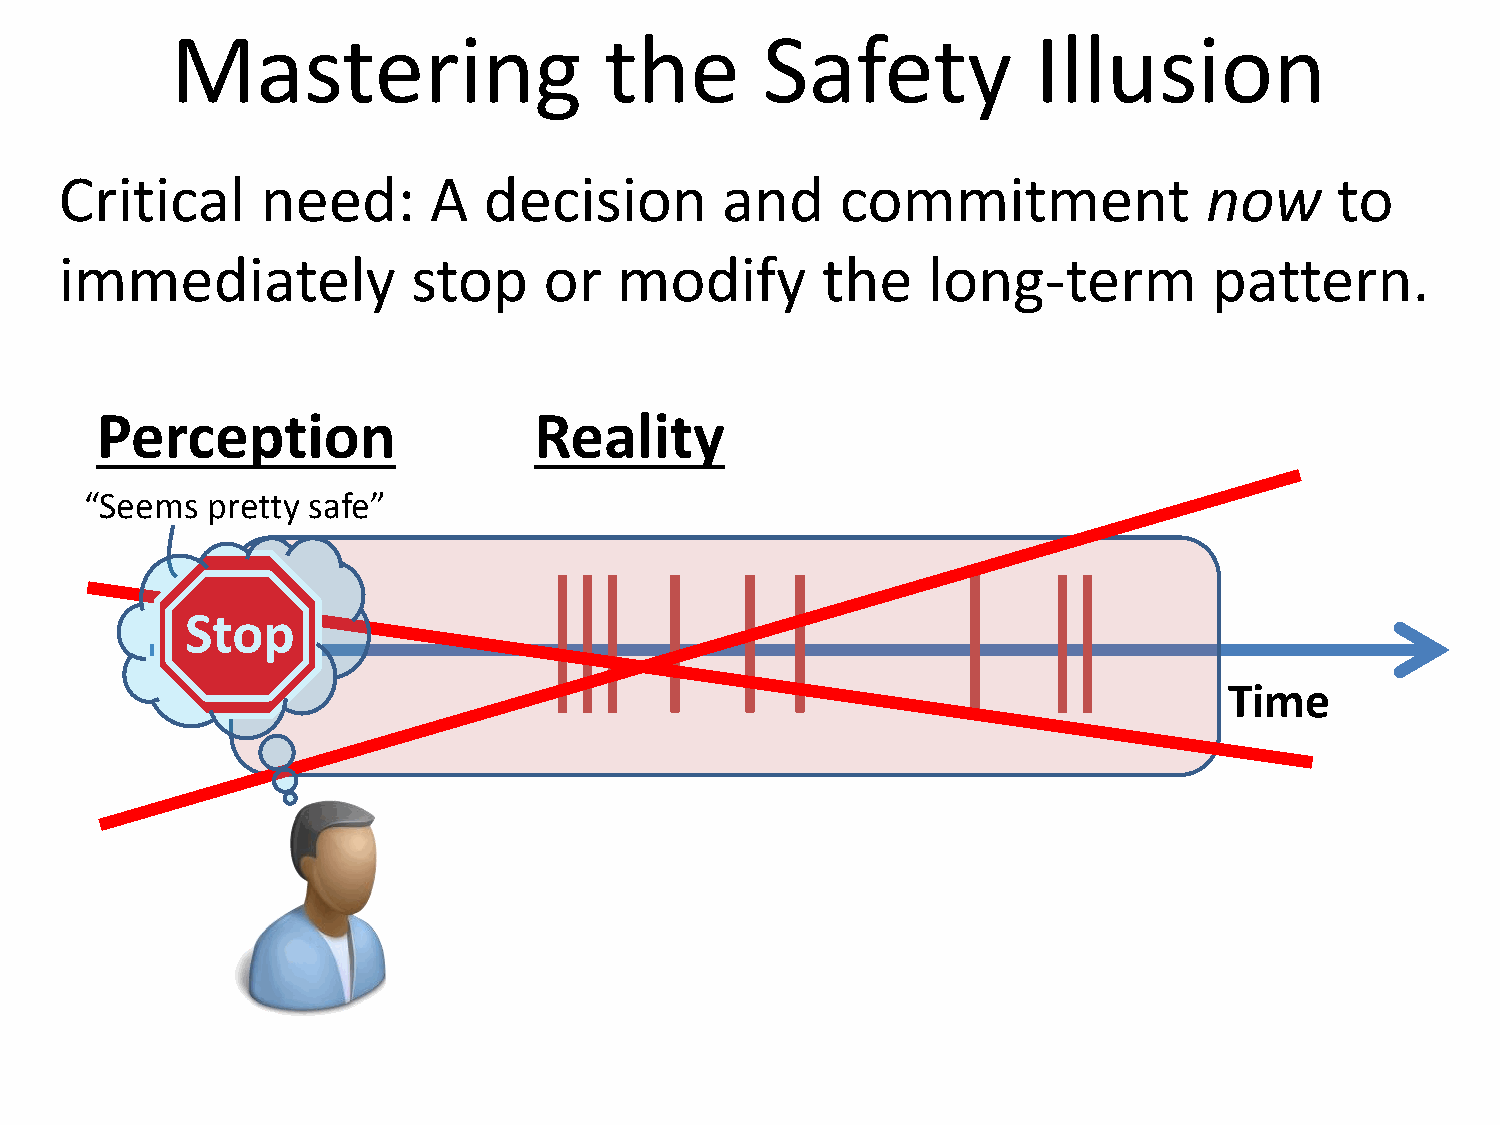
Mastering                    the       Safety             Illusion
 Critical     need:      A   decision        and     commitment              now      to
 immediately            stop     or   modify       the    long-term          pattern.
 Perception                   Reality
 “Seems  pretty safe”
 p
 Stop
 Time